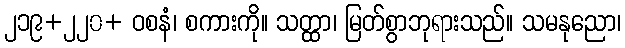
၂၁၉+၂၂၀+ ဝစနံ၊ စကားကို။ သတ္ထာ၊ မြတ်စွာဘုရားသည်။ သမနုညော၊